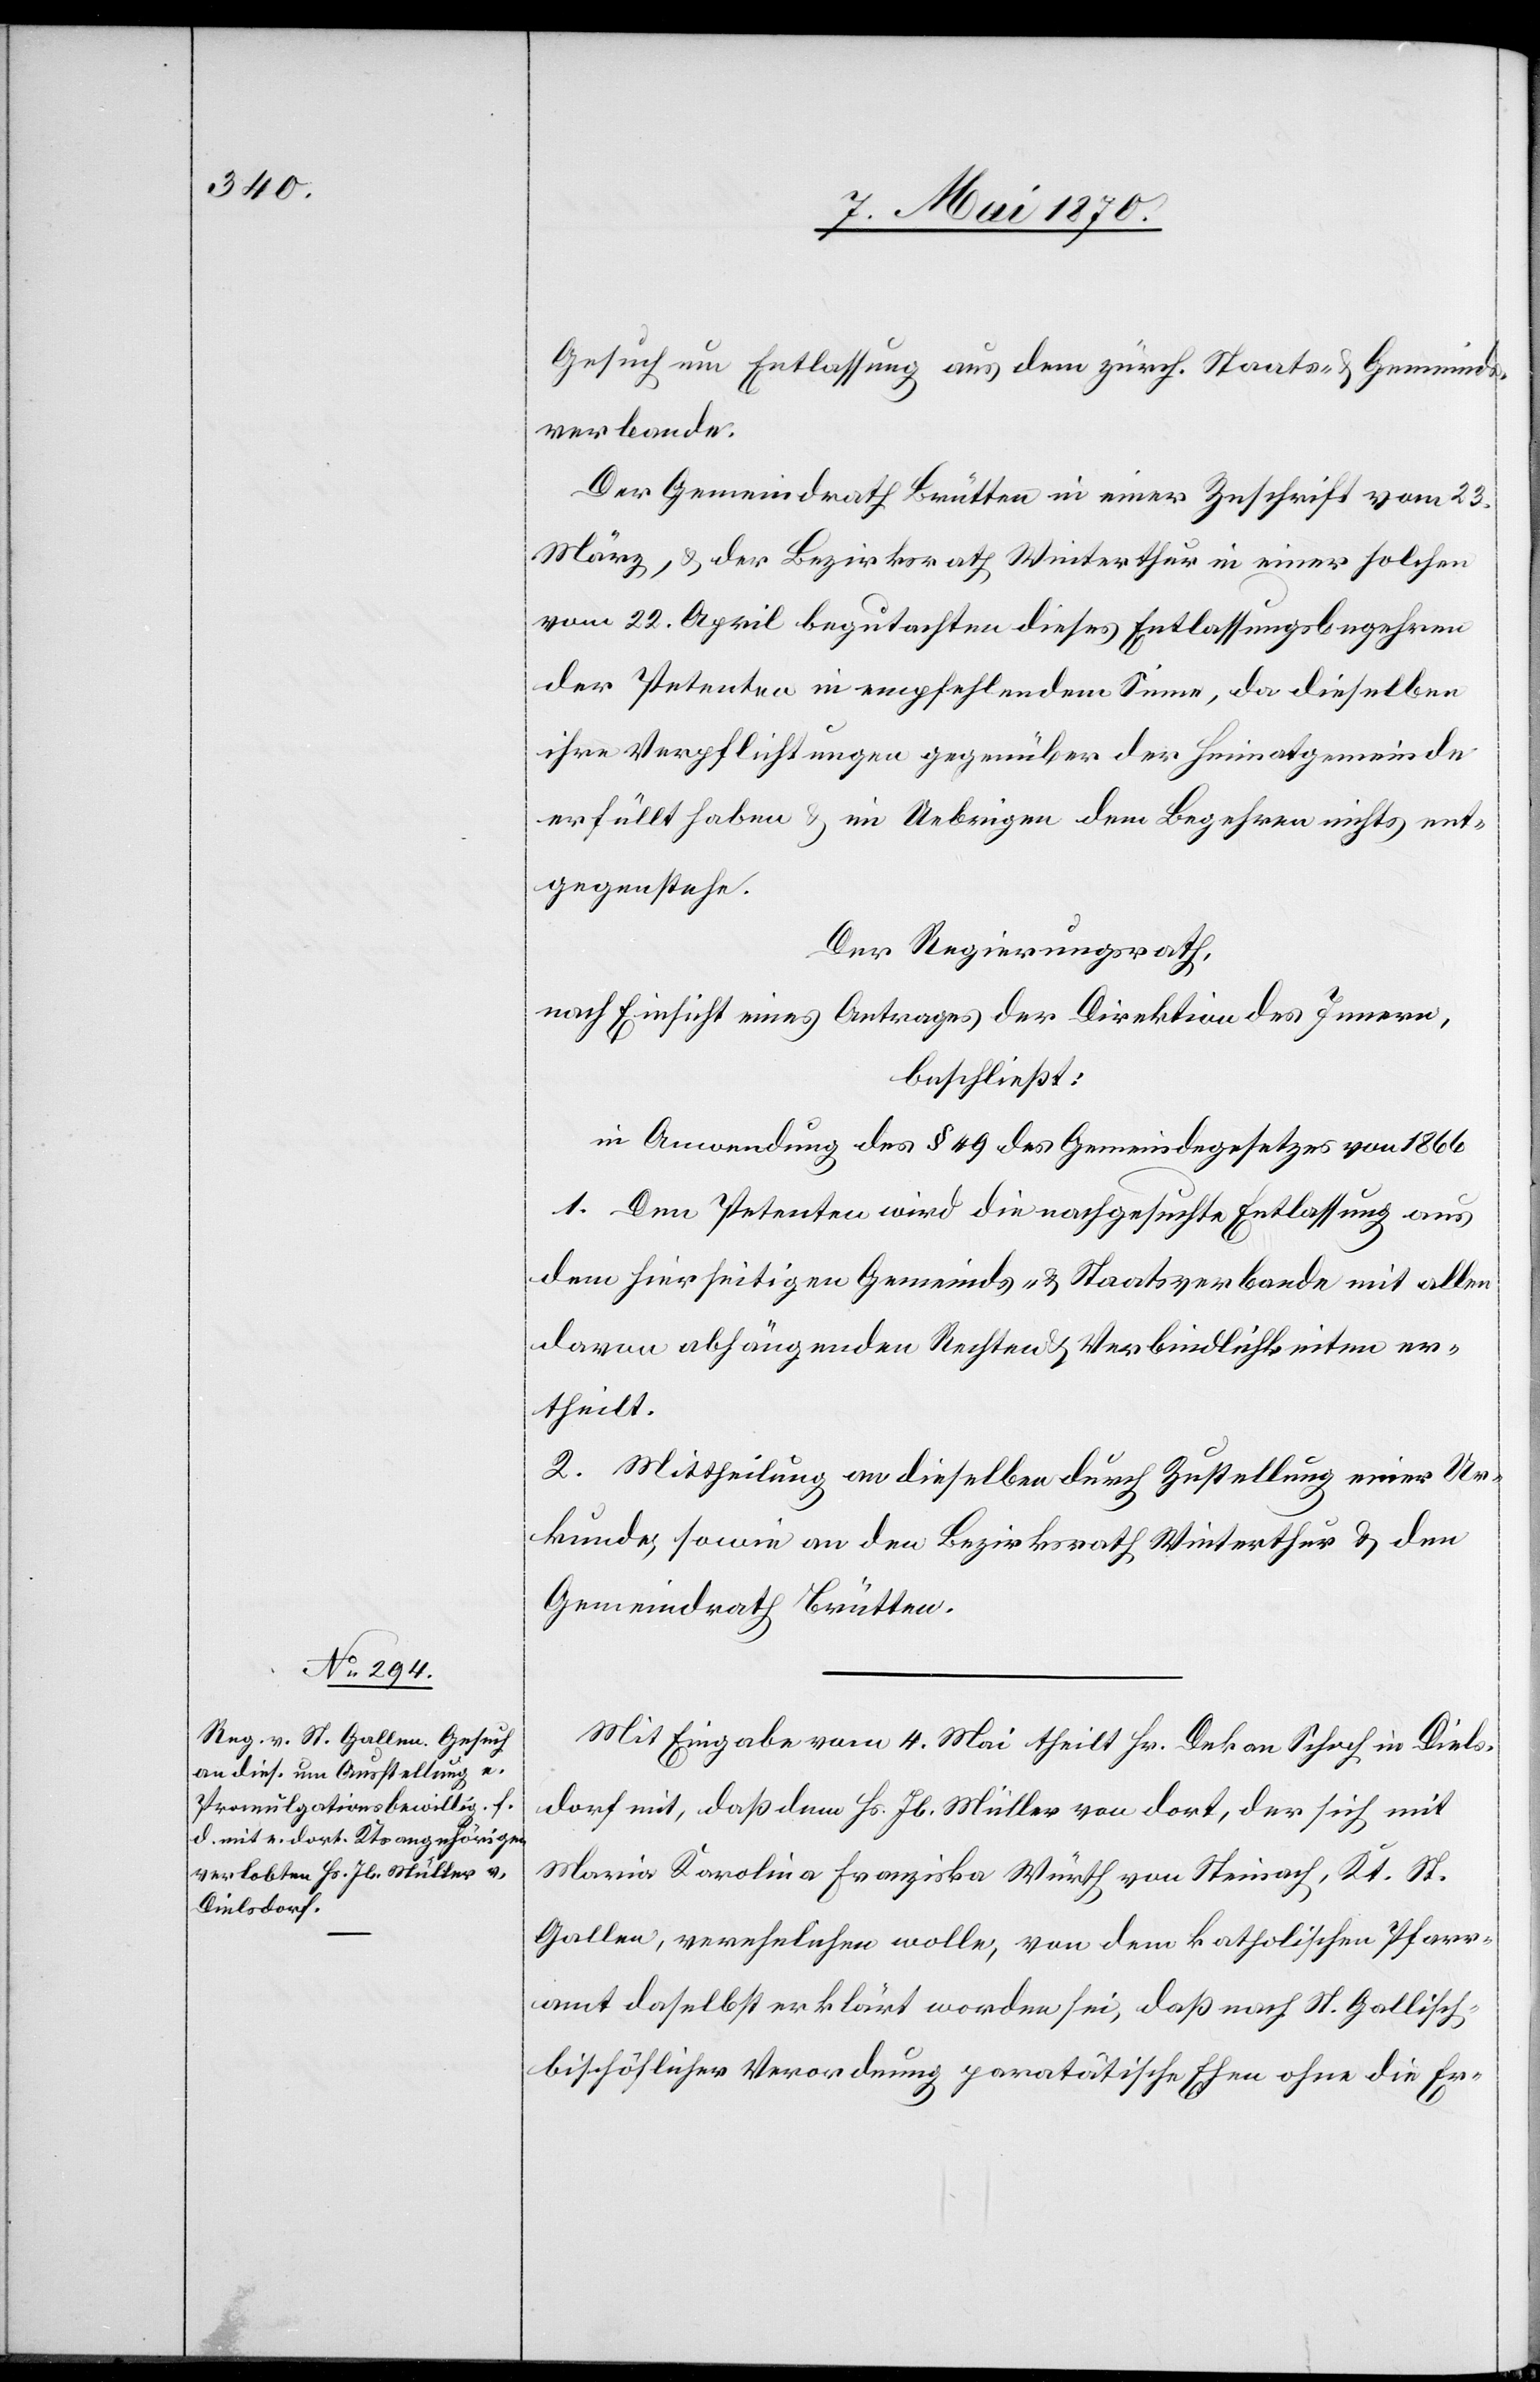
Gesuch um Entlassung aus dem zürch. Staats- & Gemeinds¬
verbande.
Der Gemeindrath Brütten in einer Zuschrift vom 23.
März, & der Bezirksrath Winterthur in einer solchen
vom 22. April begutachten dieses Entlassungsbegehren
der Petenten in empfehlendem Sinne, da dieselben
ihre Verpflichtungen gegenüber der Heimatgemeinde
erfüllt haben & im Uebrigen dem Begehren nichts ent¬
gegenstehe.
Der Regierungsrath,
nach Einsicht eines Antrages der Direktion des Innern,
beschließt:
in Anwendung des § 49 des Gemeindegesetzes von 1866
1. Dem Petenten wird die nachgesuchte Entlassung aus
dem hierseitigen Gemeinds- & Staatsverbande mit allen
davon abhängenden Rechten & Verbindlichkeiten er¬
theilt.
2. Mittheilung an dieselben durch Zustellung einer Ur¬
kunde, sowie an den Bezirksrath Winterthur & den
Gemeindrath Brütten.
Mit Eingabe vom 4. Mai theilt Hr. Dekan Schoch in Diels¬
dorf mit, daß dem Hs. Jb. Müller von dort, der sich mit
Maria Karolina Franziska Würth von Steinach, Kt. St.
Gallen, verehelichen wolle, von dem katholischen Pfarr¬
amt daselbst erklärt worden sei, daß nach St. Gallisc¬
h-bischöflicher Verordnung paratätische [sic!] Ehen ohne die Er-